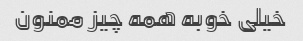
خیلی خوبه همه چیز ممنون